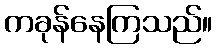
ကခုန်နေကြသည်။